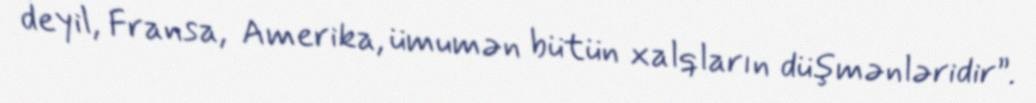
deyil, Fransa, Amerika, ümumən bütün xalqların düşmənləridir”.